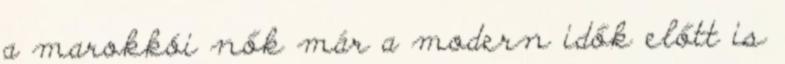
a marokkói nők már a modern idők előtt is